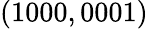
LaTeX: (1000,0001)